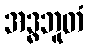
အဒ္ဓဘူတံ